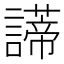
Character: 𧬺